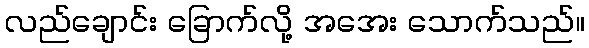
လည်ချောင်း ခြောက်လို့ အအေး သောက်သည်။